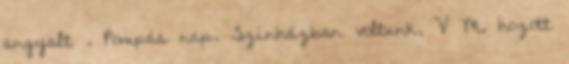
angyalt . Pompás nap. Színházban voltunk, V M. hozott